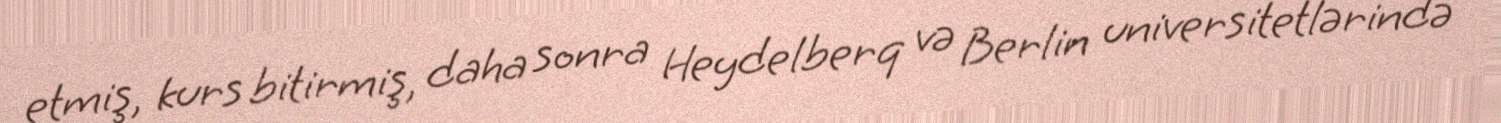
etmiş, kurs bitirmiş, daha sonra Heydelberq və Berlin universitetlərində